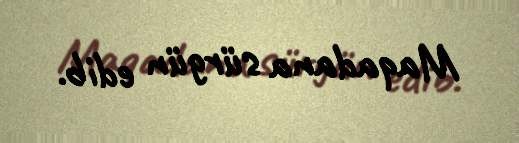
Maqadana sürgün edib.